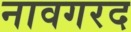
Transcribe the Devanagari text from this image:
नावगरद